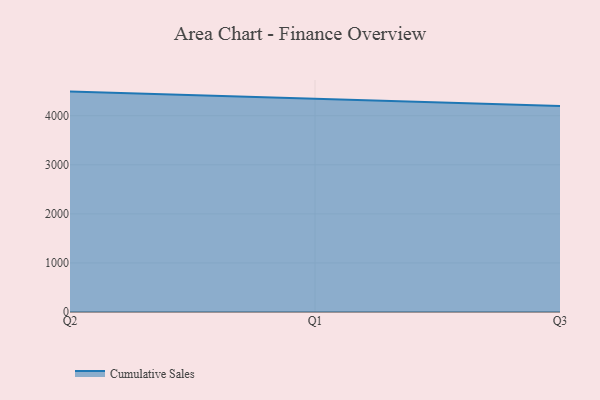
{"axis": {"x": "Quarter", "y": "Active Users"}, "legend": ["Cumulative Sales"], "data": [{"x": "Q2", "y": 4491.8, "type": "Cumulative Sales"}, {"x": "Q1", "y": 4350.3, "type": "Cumulative Sales"}, {"x": "Q3", "y": 4197.8, "type": "Cumulative Sales"}]}